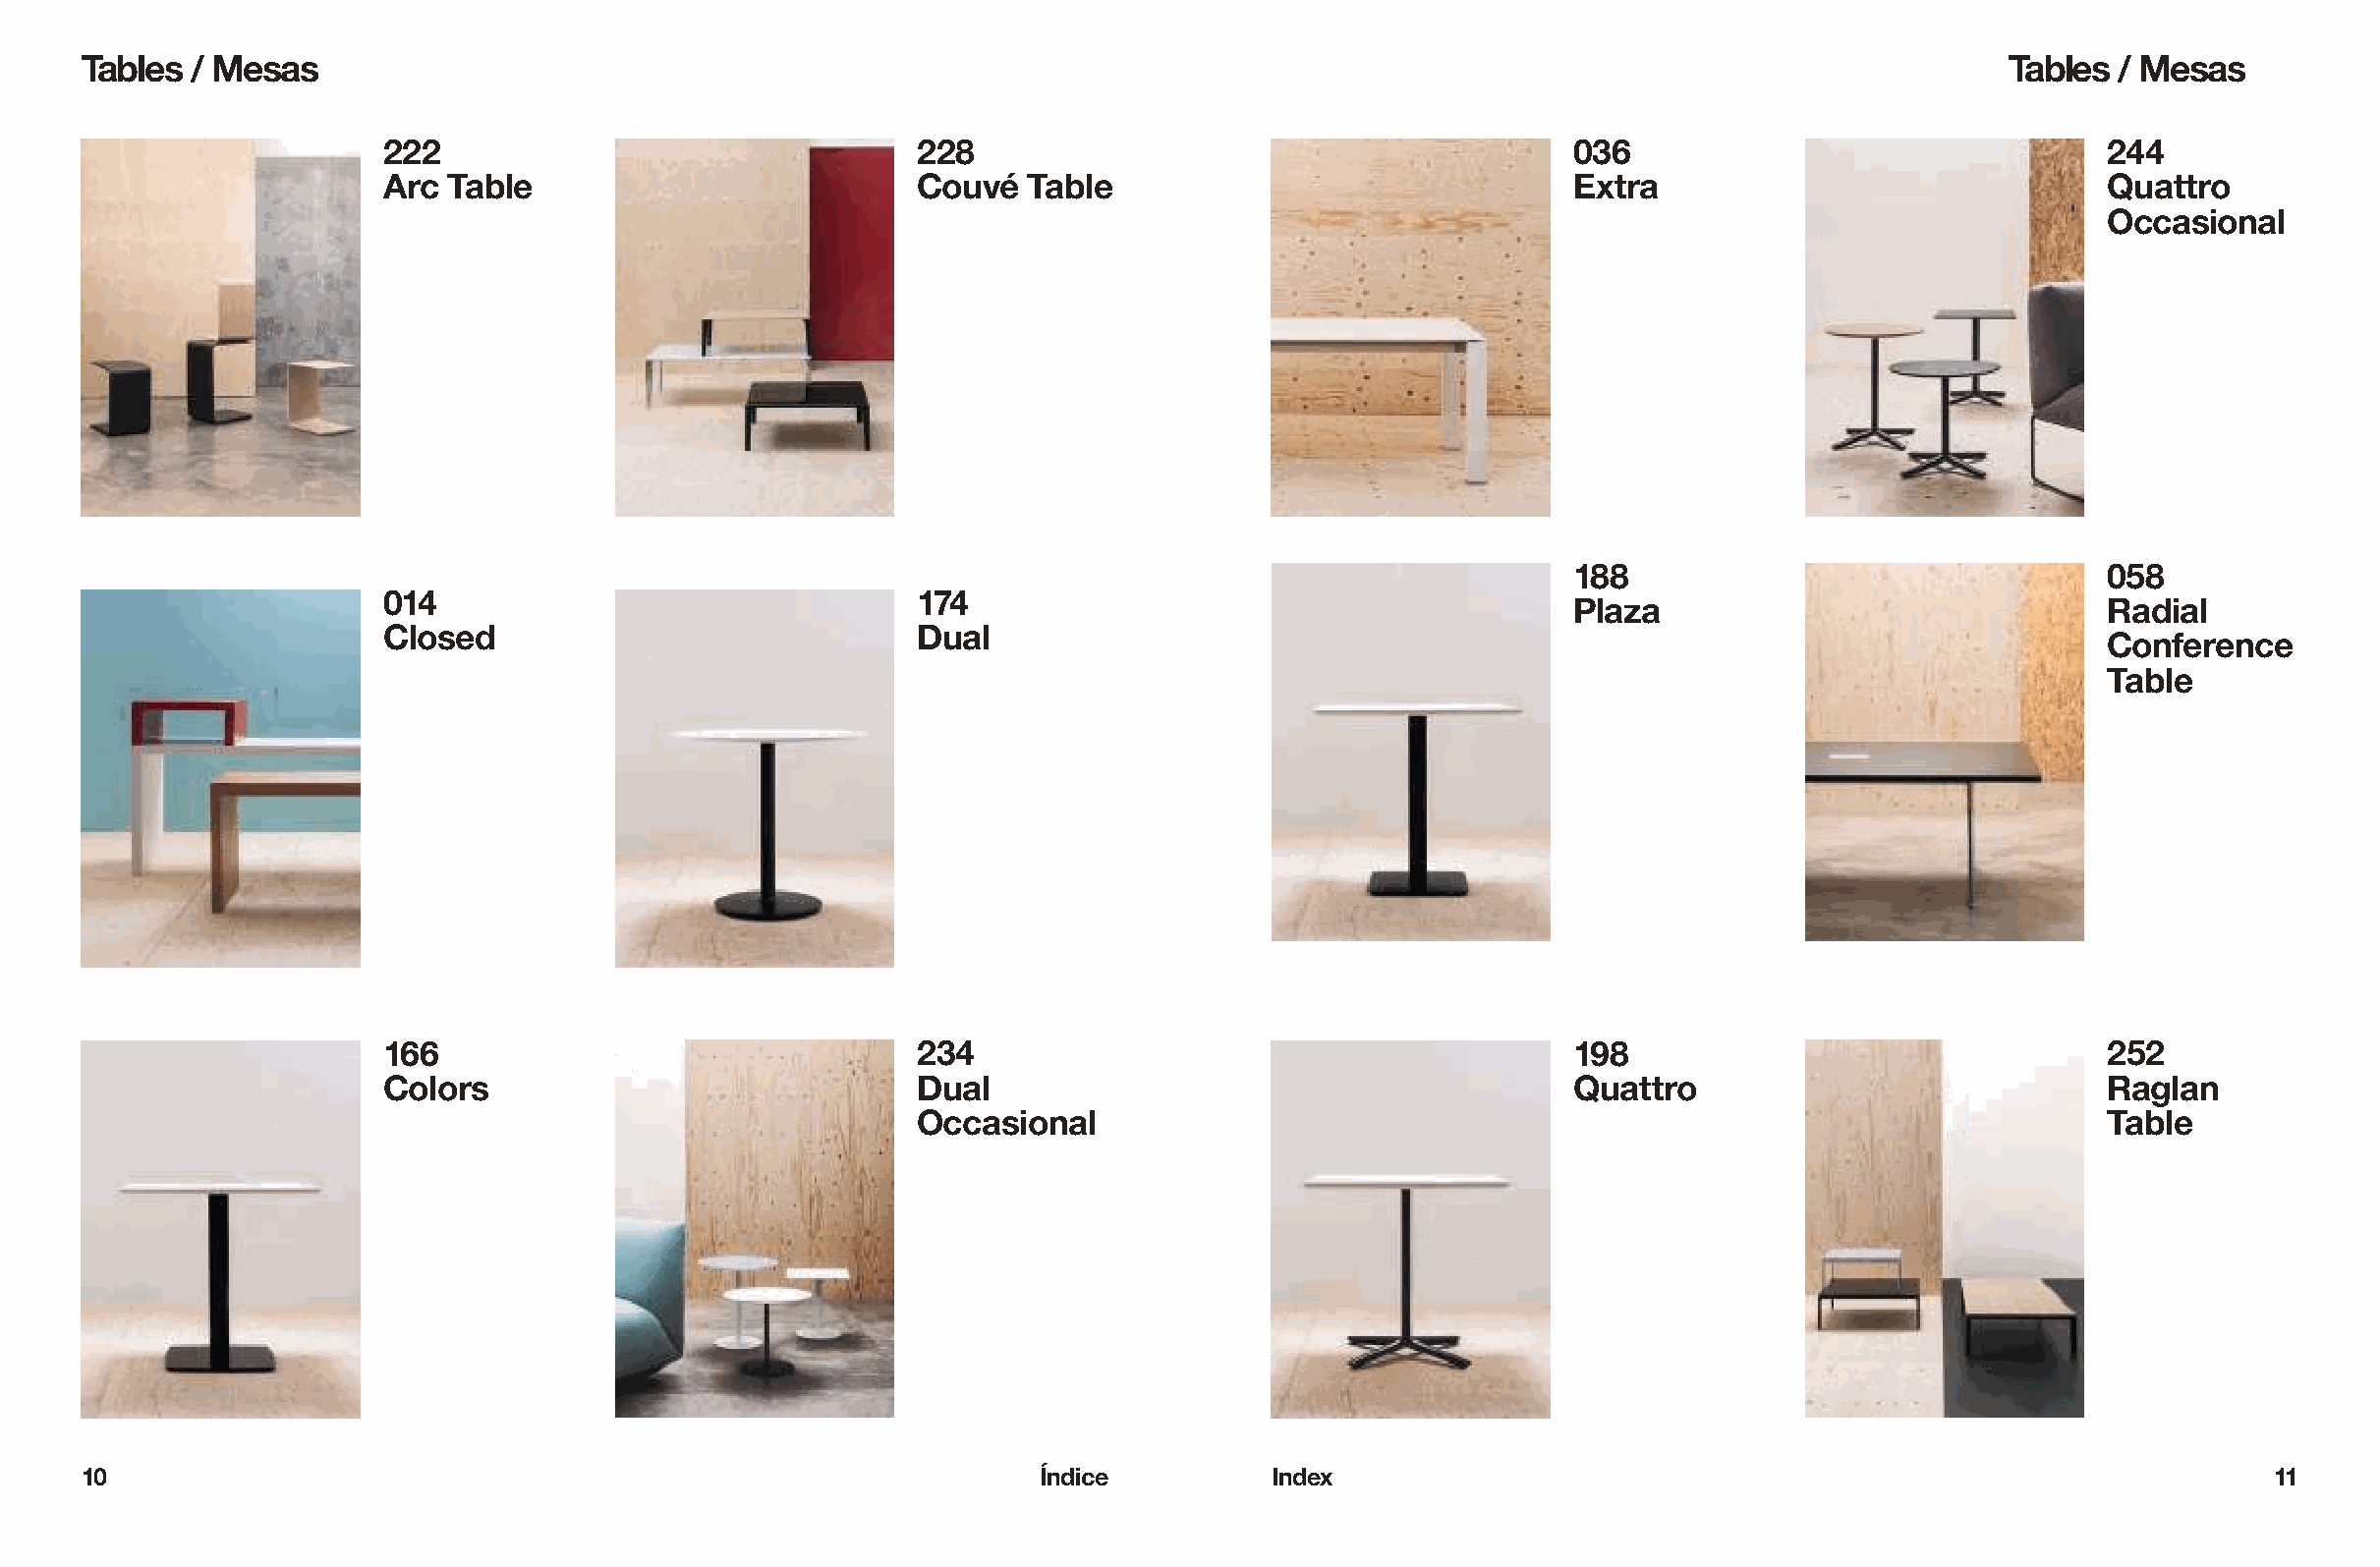
Tables  / Mesas                                                                                                                   Tables  / Mesas
 222                                 228                                         036                                 244
 Arc Table                           Couvé  Table                                Extra                               Quattro
 Occasional
 188                                 058
 014                                 174
 Plaza                               Radial
 Closed                              Dual
 Conference
 Table
 166                                 234                                         198                                 252
 Colors                              Dual                                        Quattro                             Raglan
 Occasional                                                                      Table
 10                                                               Índice          Index                                                              11